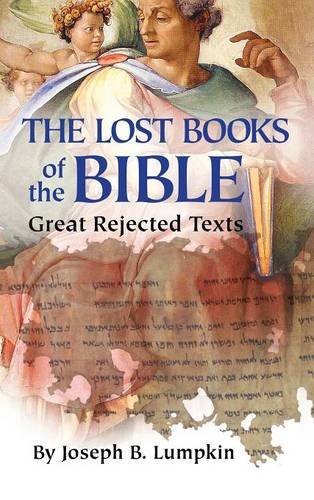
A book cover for Lost Books of the Bible: The Great Rejected Texts; Joseph B. Lumpkin; Christian Books & Bibles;